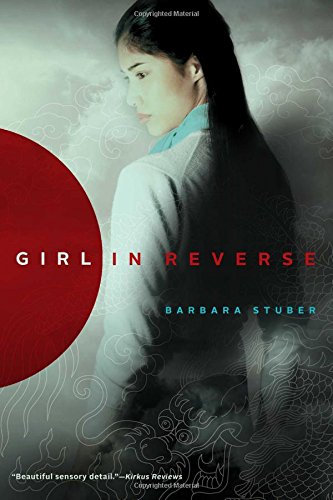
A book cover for Girl in Reverse; Barbara Stuber; Teen & Young Adult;